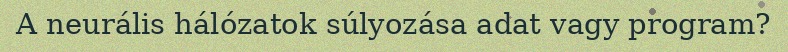
A neurális hálózatok súlyozása adat vagy program?